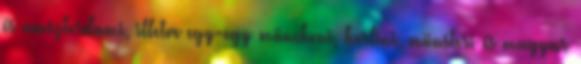
és amszterdami, illetve egy-egy müncheni, berlini, münsteri és magyar